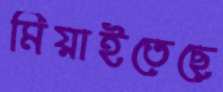
মিয়াইতেছে